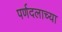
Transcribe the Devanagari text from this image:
पर्णदलाच्या